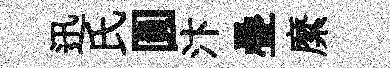
迅氏圓汴疊縻